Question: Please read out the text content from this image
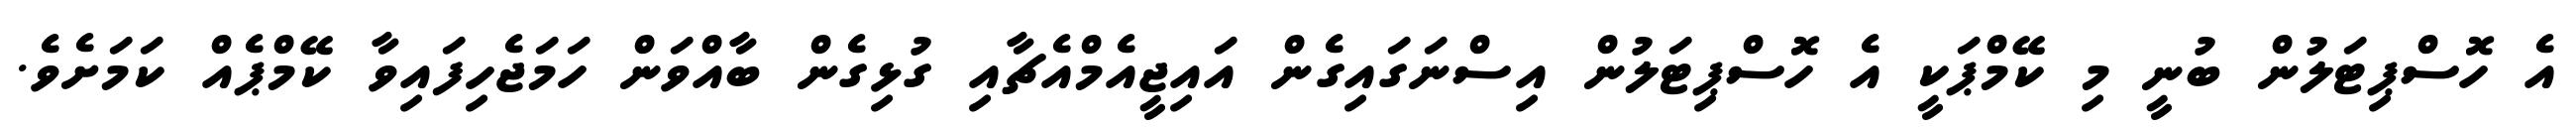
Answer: އެ ހޮސްޕިޓަލުން ބުނީ މި ކޭމްޕަކީ އެ ހޮސްޕިޓަލުން އިސްނަގައިގެން އައިޖީއެމްއެޗާއި ގުޅިގެން ބާއްވަން ހަމަޖެހިފައިވާ ކޭމްޕެއް ކަމަށެވެ.